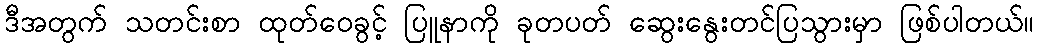
ဒီအတွက် သတင်းစာ ထုတ်ဝေခွင့် ပြူနာကို ခုတပတ် ဆွေးနွေးတင်ပြသွားမှာ ဖြစ်ပါတယ်။